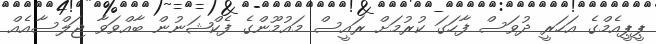
ޕީޕީއެމްގެ އަހަރީ ދުވަސް ފާހަގަ ކުރުމަށް ރައީސް މައުމޫންގެ ފެކްޝަނުން ބާއްވަވާ ޖަލްސާއެއް